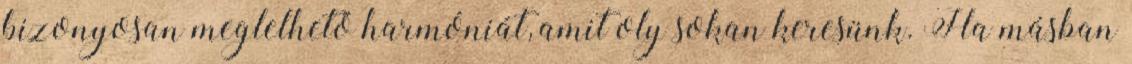
bizonyosan meglelhető harmóniát, amit oly sokan keresünk. Ha másban